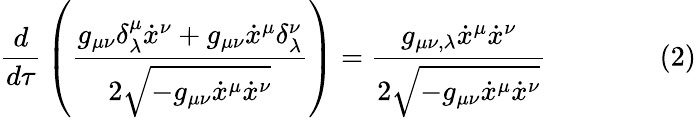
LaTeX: {\frac{d}{d\tau}}\left({\frac{g_{\mu\nu}\delta^{\mu}_{\lambda}{\dot{x}}^{\nu}+g_{\mu\nu}{\dot{x}}^{\mu}\delta^{\nu}_{\lambda}}{2{\sqrt{-g_{\mu\nu}{\dot{x}}^{\mu}{\dot{x}}^{\nu}}}}}\right)={\frac{g_{\mu\nu,\lambda}{\dot{x}}^{\mu}{\dot{x}}^{\nu}}{2{\sqrt{-g_{\mu\nu}{\dot{x}}^{\mu}{\dot{x}}^{\nu}}}}}\qquad\qquad(2)